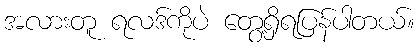
အလားတူ ရလဒ်ကိုပဲ တွေ့ရှိရပြန်ပါတယ်။